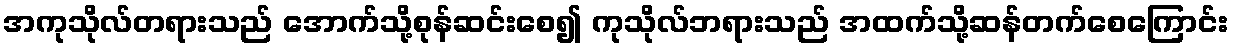
အကုသိုလ်တရားသည် အောက်သို့စုန်ဆင်းစေ၍ ကုသိုလ်ဘရားသည် အထက်သို့ဆန်တက်စေကြောင်း